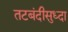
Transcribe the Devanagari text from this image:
तटबंदीसुध्दा